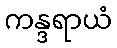
ကန္ဒရာယံ